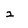
Character: 2